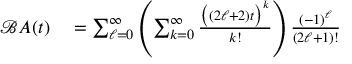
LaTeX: \begin{array} { r l } { { \mathcal { B } } A ( t ) } & { { } = \sum _ { \ell = 0 } ^ { \infty } \left( \sum _ { k = 0 } ^ { \infty } { \frac { { \big ( } ( 2 \ell + 2 ) t { \big ) } ^ { k } } { k ! } } \right) { \frac { ( - 1 ) ^ { \ell } } { ( 2 \ell + 1 ) ! } } } \end{array}